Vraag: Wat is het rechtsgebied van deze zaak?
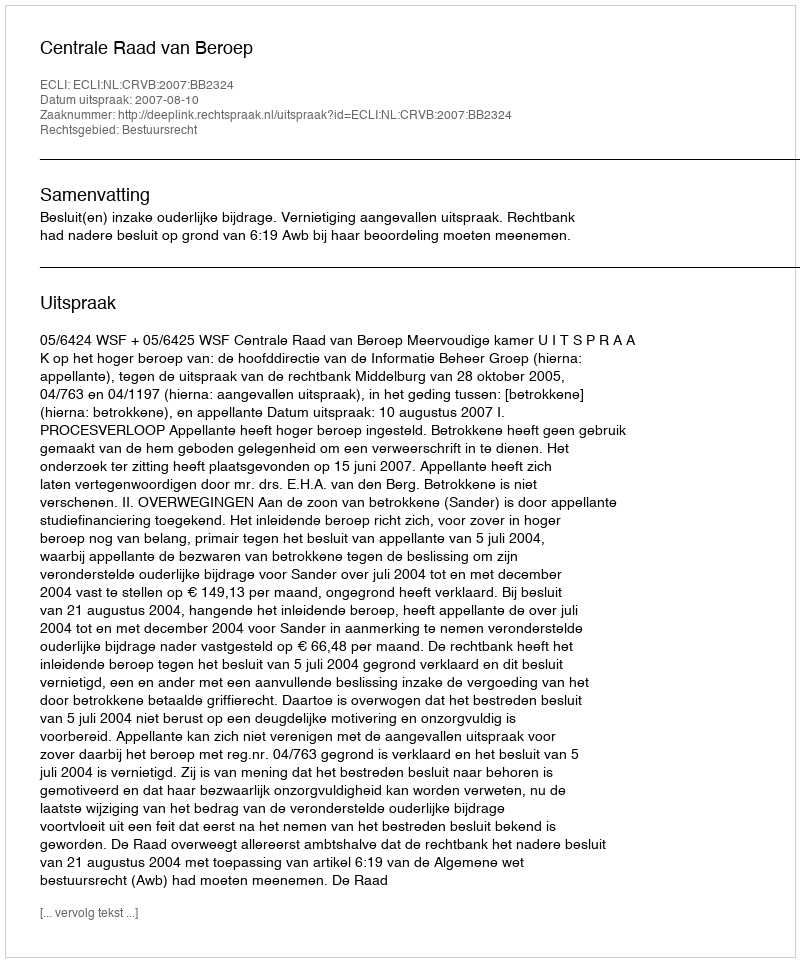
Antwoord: Bestuursrecht